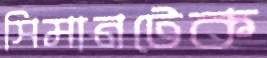
সিমানটেক